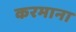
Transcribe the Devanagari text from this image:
करमाना